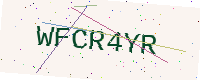
Text: WFCR4YR